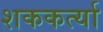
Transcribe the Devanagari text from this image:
शककर्त्या